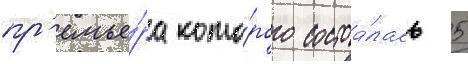
пр'емье́ра кото́рого состоа́лась 5